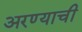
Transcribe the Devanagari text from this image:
अरण्याची